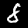
Digit: 8